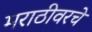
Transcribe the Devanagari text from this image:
मराठीवरचे